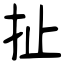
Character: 扯